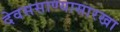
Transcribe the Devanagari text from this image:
देवससाण्यासारखा